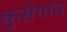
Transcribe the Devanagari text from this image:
कुसेगांव